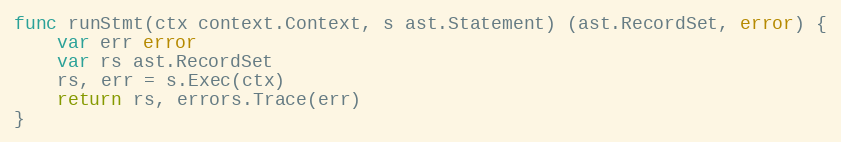
Language: Go
func runStmt(ctx context.Context, s ast.Statement) (ast.RecordSet, error) {
	var err error
	var rs ast.RecordSet
	rs, err = s.Exec(ctx)
	return rs, errors.Trace(err)
}